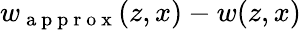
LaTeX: w_{\mathrm{~a~p~p~r~o~x~}}(z,x)-w(z,x)